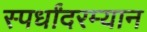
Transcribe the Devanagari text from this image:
स्पर्धांदरम्यान